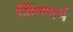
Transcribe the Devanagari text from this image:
जिनधर्म